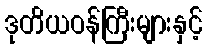
ဒုတိယဝန်ကြီးများနှင့်